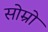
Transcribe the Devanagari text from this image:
सोम्रो